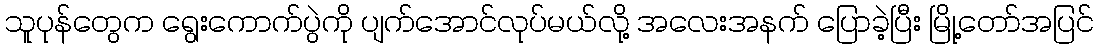
သူပုန်တွေက ရွေးကောက်ပွဲကို ပျက်အောင်လုပ်မယ်လို့ အလေးအနက် ပြောခဲ့ပြီး မြို့တော်အပြင်